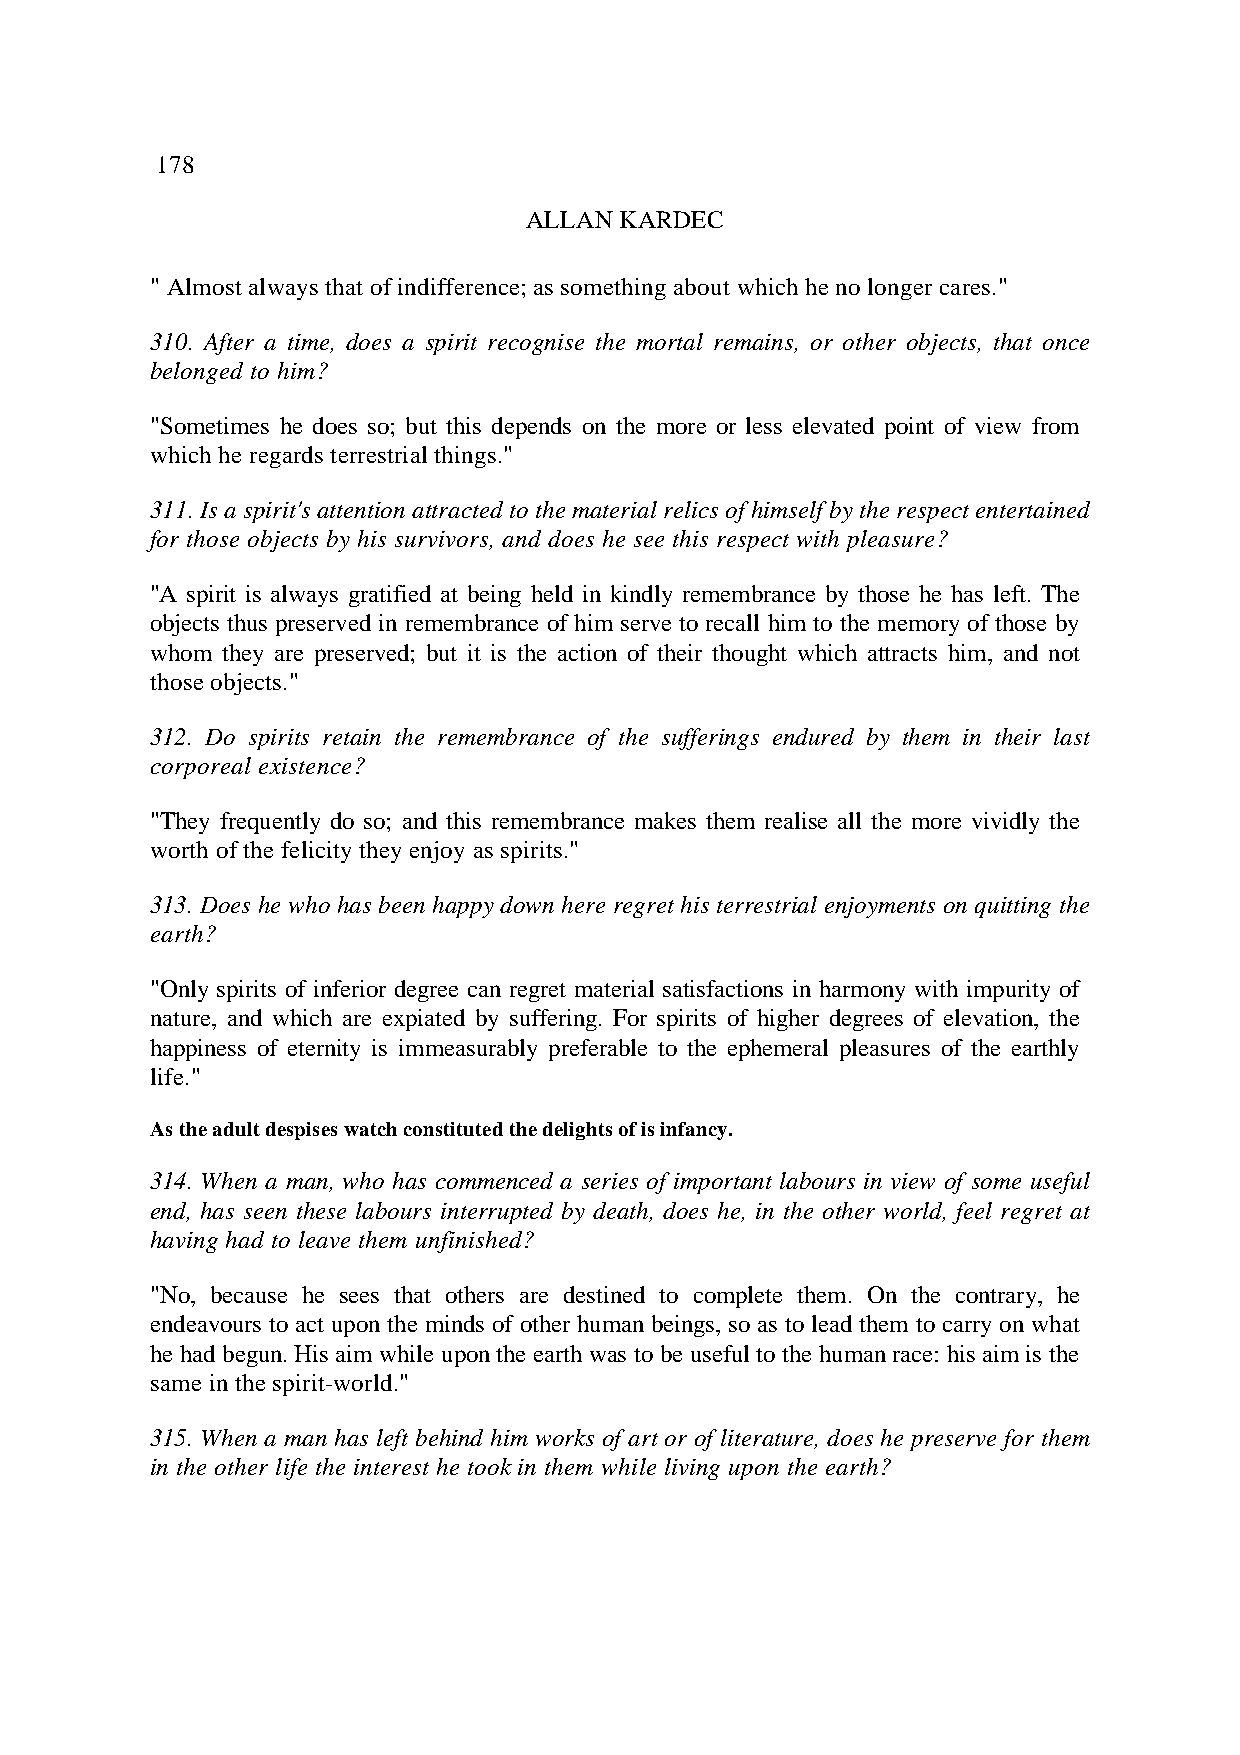
178
 ALLAN KARDEC
 " Almost always that of indifference; as something about which he no longer cares."
 310. After a time, does a spirit recognise the mortal remains, or other objects, that once
 belonged to him?
 "Sometimes he does so; but this depends on the more or less elevated point of view from
 which he regards terrestrial things."
 311. Is a spirit's attention attracted to the material relics of himself by the respect entertained
 for those objects by his survivors, and does he see this respect with pleasure?
 "A spirit is always gratified at being held in kindly remembrance by those he has left. The
 objects thus preserved in remembrance of him serve to recall him to the memory of those by
 whom they are preserved; but it is the action of their thought which attracts him, and not
 those objects."
 312. Do spirits retain the remembrance of the sufferings endured by them in their last
 corporeal existence?
 "They frequently do so; and this remembrance makes them realise all the more vividly the
 worth of the felicity they enjoy as spirits."
 313. Does he who has been happy down here regret his terrestrial enjoyments on quitting the
 earth?
 "Only spirits of inferior degree can regret material satisfactions in harmony with impurity of
 nature, and which are expiated by suffering. For spirits of higher degrees of elevation, the
 happiness of eternity is immeasurably preferable to the ephemeral pleasures of the earthly
 life."
 As the adult despises watch constituted the delights of is infancy.
 314. When a man, who has commenced a series of important labours in view of some useful
 end, has seen these labours interrupted by death, does he, in the other world, feel regret at
 having had to leave them unfinished?
 "No, because he sees that others are destined to complete them. On the contrary, he
 endeavours to act upon the minds of other human beings, so as to lead them to carry on what
 he had begun. His aim while upon the earth was to be useful to the human race: his aim is the
 same in the spirit-world."
 315. When a man has left behind him works of art or of literature, does he preserve for them
 in the other life the interest he took in them while living upon the earth?